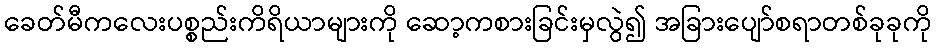
ခေတ်မီကလေးပစ္စည်းကိရိယာများကို ဆော့ကစားခြင်းမှလွဲ၍ အခြားပျော်စရာတစ်ခုခုကို